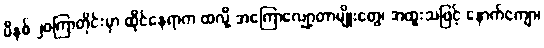
မိနစ် ၂၀ကြာတိုင်းမှာ ထိုင်နေရာက ထလို့ အကြောလျှော့တာမျိုးတွေ၊ အထူးသဖြင့် နောက်ကျော၊